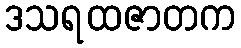
ဒသရထဇာတက